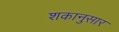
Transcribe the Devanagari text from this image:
शकानुसार